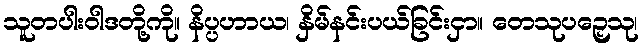
သူတပါးဝါဒတို့ကို။ နိပ္ပဟာယ၊ နှိမ်နင်းပယ်ခြင်းငှာ။ တေသုပဉှေသု၊